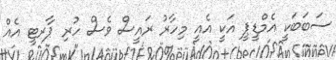
ސަބަބަކީ އެމްޑީޕީ އަކީ އެއީ މިހާރު ރައީސް ވެސް ހުރި ޕާރޓީ އެއް